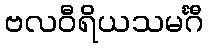
ဗလဝီရိယသမင်္ဂီ